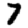
Digit: 7